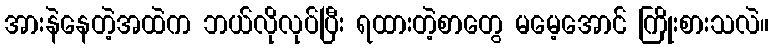
အားနဲနေတဲ့အထဲက ဘယ်လိုလုပ်ပြီး ရထားတဲ့စာတွေ မမေ့အောင် ကြိုးစားသလဲ။